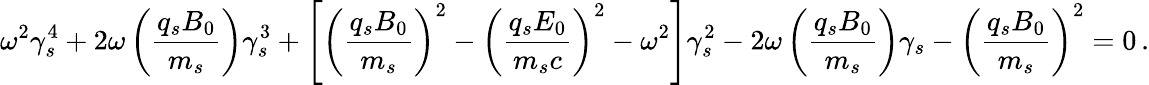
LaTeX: \omega^{2}\gamma_{s}^{4}+2\omega\left(\frac{q_{s}B_{0}}{m_{s}}\right)\gamma_{s}^{3}+\left[\left(\frac{q_{s}B_{0}}{m_{s}}\right)^{2}-\left(\frac{q_{s}E_{0}}{m_{s}c}\right)^{2}-\omega^{2}\right]\gamma_{s}^{2}-2\omega\left(\frac{q_{s}B_{0}}{m_{s}}\right)\gamma_{s}-\left(\frac{q_{s}B_{0}}{m_{s}}\right)^{2}=0\, .